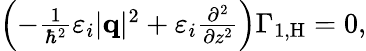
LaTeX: \begin{array}{r}{\left(-\frac{1}{\hbar^{2}}\varepsilon_{i}|\mathbf{q}|^{2}+\varepsilon_{i}\frac{\partial^{2}}{\partial z^{2}}\right)\Gamma_{1,\mathrm{H}}=0,}\end{array}